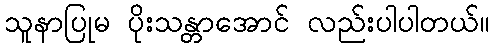
သူနာပြုမ ပိုးသန္တာအောင် လည်းပါပါတယ်။